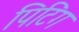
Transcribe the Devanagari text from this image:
पिटिंग